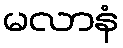
မလာနံ